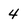
Character: 4